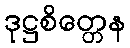
ဒုဋ္ဌစိတ္တေန